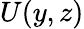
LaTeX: {U}(y,z)